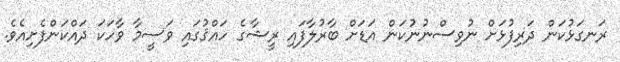
ރަނގަޅުކަން ދަރިފުޅަށް ނުވިސްނުނުުކަން އަޑަށް ބާރުލާފައި ރީޝާގެ ހައްޤުގައި ވަސީމާ ވާހަކަ ދައްކަންފެށިއެވެ.